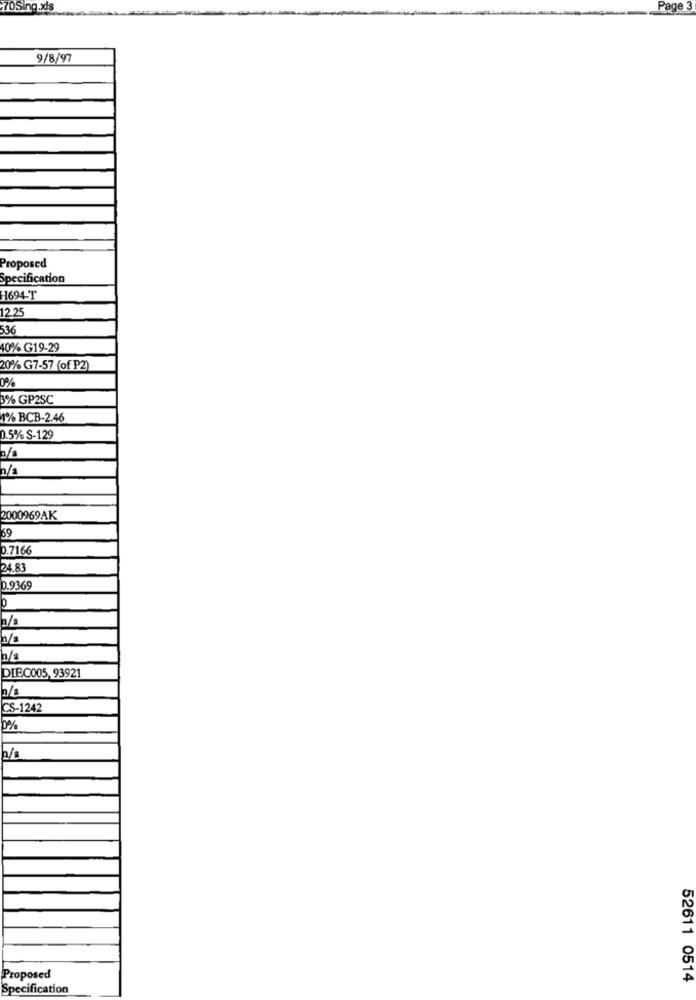
70Sing.xis
Page 3
9/8/97
Proposed
Specification
1694-T
12.25
536
40% G19-29
20% G7-57 (of P2)
0%
3% GP2SC
1% BCB-2.46
0.5% S-129
n/a
n/a
2000969AK
69
0.7166
24.83
0.9369
n/a
DIEC005, 93921
/a
CS-1242
0%
a/a
Proposed
52611 0514
Specification